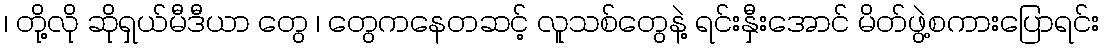
၊ တို့လို ဆိုရှယ်မီဒီယာ တွေ ၊ တွေကနေတဆင့် လူသစ်တွေနဲ့ ရင်းနှီးအောင် မိတ်ဖွဲ့စကားပြောရင်း